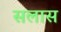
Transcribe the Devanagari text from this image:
सलास